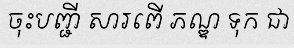
ចុះបញ្ជី សារពើ ភណ្ឌ ទុក ជា